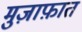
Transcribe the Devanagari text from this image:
मुज़ाफ़ात